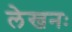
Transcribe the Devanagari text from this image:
लेखनः